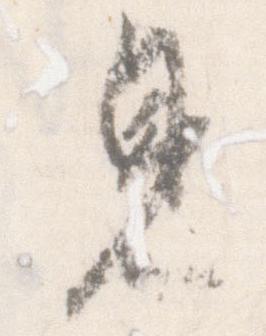
見